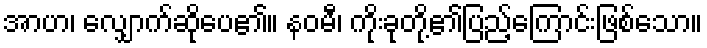
အာဟ၊ လျှောက်ဆိုပေ၏။ နဝမီ၊ ကိုးခုတို့၏ပြည့်ကြောင်းဖြစ်သော။